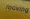
moving